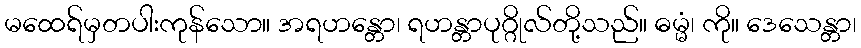
မထေရ်မှတပါးကုန်သော။ အရဟန္တော၊ ရဟန္တာပုဂ္ဂိုလ်တို့သည်။ ဓမ္မံ၊ ကို။ ဒေသေန္တာ၊